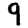
Digit: 9